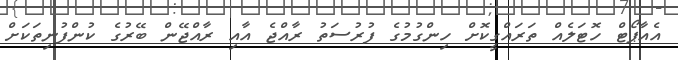
އެއާޕޯޓް ހޮޓަލެއް ތަރައްގީކޮށް ހިންގުމުގެ ފުރުސަތު ރާއްޖެ އާއި ރާއްޖޭން ބޭރުގެ ކުންފުނިތަކަށް